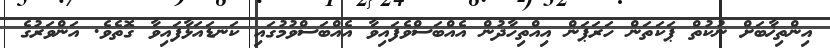
އިންތިޚާބަށް ނުކުތް ޕަކަތަން ހަރަޕަން އިއްތިހާދުން އެއްބަސްވެފައިވާ އެއްބަސްވުމުގައި ކަނޑައަޅާފައިވާ ގޮތެވެ. އަންވަރުގެ